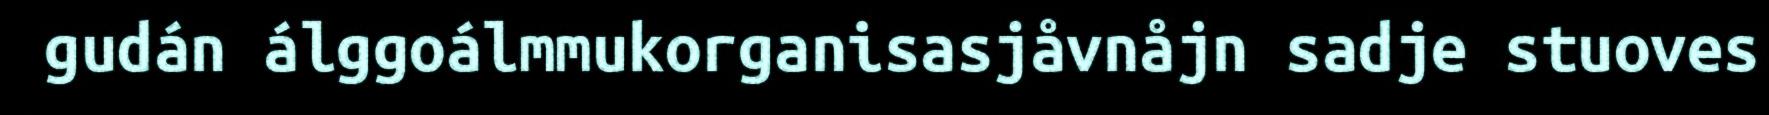
gudán álggoálmmukorganisasjåvnåjn sadje stuoves